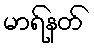
မာရ်နတ်